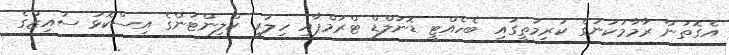
އެގޮތުން ރާމާމަކުނުގެ ކުރިމަތީގައި ބެހެއްޓީ ޑޮނަލްޑް ޓްރަމްޕާއި ހިލަރީ ކްލިންޓަންގެ އިސްކޮޅު ސައިޒްގެ